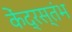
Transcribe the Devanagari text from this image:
केंद्रस्तंभ